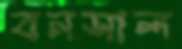
বনসাল